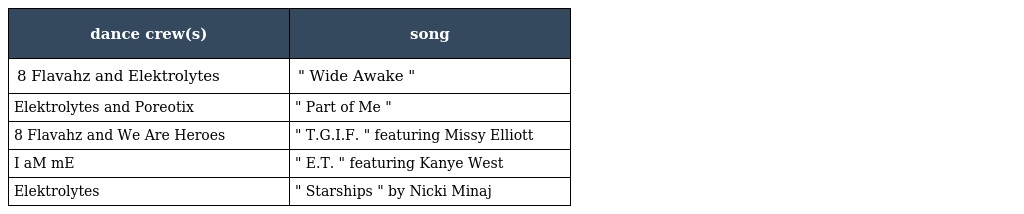
| dance crew(s) | song |
 | --- | --- |
 | 8 Flavahz and Elektrolytes | " Wide Awake " |
 | Elektrolytes and Poreotix | " Part of Me " |
 | 8 Flavahz and We Are Heroes | " T.G.I.F. " featuring Missy Elliott |
 | I aM mE | " E.T. " featuring Kanye West |
 | Elektrolytes | " Starships " by Nicki Minaj |